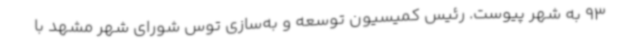
93 به شهر پیوست. رئیس کمیسیون توسعه و به‌سازی توس شورای شهر مشهد با